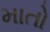
માતો